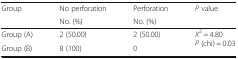
| <ROWSPAN=2> Group | No perforation | Perforation | <ROWSPAN=2> P value |
 | No. (%) | No. (%) |
 | --- | --- | --- | --- |
 | Group (A) | 2 (50.00) | 2 (50.00) | <ROWSPAN=2> X2 = 4.80P (chi) = 0.03 |
 | Group (B) | 8 (100) | 0 |